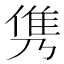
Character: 𮥸